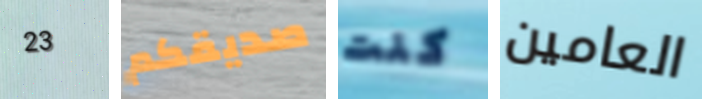
23 صديقكم كنت العامين